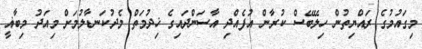
މިގައުމުގެ ރައްޔިތުން ހިލޭބޭސް ކުރާން އުފެއްދި އާސަންދައިގެ ޚިދުމަތް މެދުކަނޑާލުމަށް މިއަދު މިބާޣީ